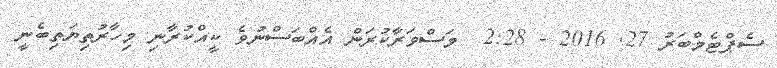
ސެޕްޓެމްބަރު 27